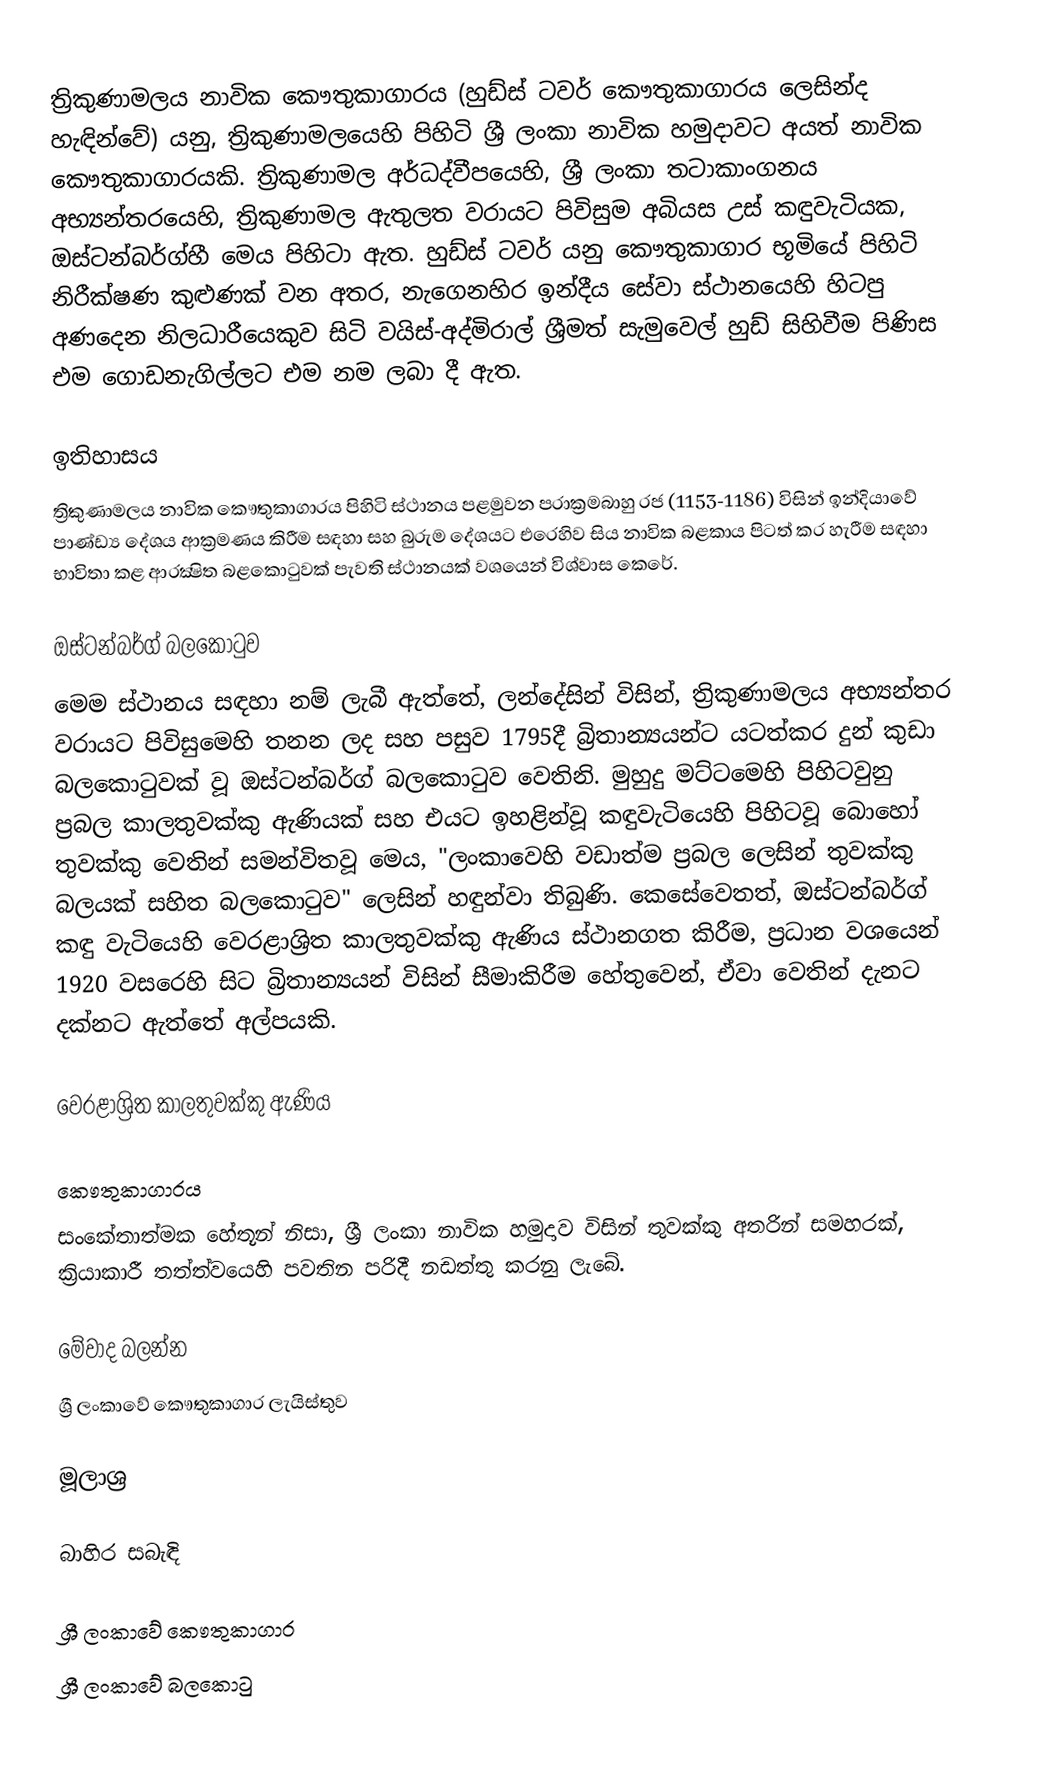
ත්‍රිකුණාමලය නාවික කෞතුකාගාරය (හුඩ්ස් ටවර් කෞතුකාගාරය ලෙසින්ද හැඳින්වේ) යනු,  ත්‍රිකුණාමලයෙහි පිහිටි ශ්‍රී ලංකා නාවික හමුදාවට අයත් නාවික කෞතුකාගාරයකි. ත්‍රිකුණාමල අර්ධද්වීපයෙහි,  ශ්‍රී ලංකා තටාකාංගනය අභ්‍යන්තරයෙහි, ත්‍රිකුණාමල ඇතුලත වරායට පිවිසුම අබියස උස් කඳුවැටියක, ඔස්ටන්බර්ග්හී මෙය පිහිටා ඇත. හුඩ්ස් ටවර් යනු කෞතුකාගාර භූමියේ පිහිටි නිරීක්ෂණ කුළුණක් වන අතර, නැගෙනහිර ඉන්දීය සේවා ස්ථානයෙහි හිටපු අණදෙන නිලධාරීයෙකුව සිටි වයිස්-අද්මිරාල් ශ්‍රීමත් සැමුවෙල් හුඩ් සිහිවීම පිණිස එම ගොඩනැගිල්ලට එම නම ලබා දී ඇත.

ඉතිහාසය
ත්‍රිකුණාමලය නාවික කෞතුකාගාරය පිහිටි ස්ථානය පළමුවන පරාක්‍රමබාහු රජ (1153-1186) විසින් ඉන්දියාවේ පාණ්ඩ්‍ය දේශය ආක්‍රමණය කිරීම සඳහා සහ බුරුම දේශයට එරෙහිව සිය නාවික බළකාය පිටත් කර හැරීම සඳහා භාවිතා කළ ආරක්‍ෂිත බළකොටුවක් පැවති ස්ථානයක් වශයෙන් විශ්වාස කෙරේ.

ඔස්ටන්බර්ග් බලකොටුව
මෙම ස්ථානය සඳහා නම් ලැබී ඇත්තේ,  ලන්දේසින් විසින්, ත්‍රිකුණාමලය අභ්‍යන්තර වරායට පිවිසුමෙහි තනන ලද  සහ පසුව 1795දී බ්‍රිතාන්‍යයන්ට යටත්කර දුන් කුඩා බලකොටුවක් වූ ඔස්ටන්බර්ග් බලකොටුව වෙතිනි. මුහුදු මට්ටමෙහි පිහිටවුනු ප්‍රබල කාලතුවක්කු ඇණියක් සහ එයට ඉහළින්වූ කඳුවැටියෙහි පිහිටවූ බොහෝ තුවක්කු වෙතින් සමන්විතවූ මෙය,  "ලංකාවෙහි වඩාත්ම ප්‍රබල ලෙසින් තුවක්කු බලයක් සහිත බලකොටුව" ලෙසින් හඳුන්වා තිබුණි. කෙසේවෙතත්, ඔස්ටන්බර්ග් කඳු වැටියෙහි වෙරළාශ්‍රිත කාලතුවක්කු ඇණිය ස්ථානගත කිරීම,  ප්‍රධාන වශයෙන් 1920 වසරෙහි සිට බ්‍රිතාන්‍යයන් විසින් සීමාකිරීම  හේතුවෙන්, ඒවා වෙතින් දැනට දක්නට ඇත්තේ අල්පයකි.

වෙරළාශ්‍රිත කාලතුවක්කු ඇණිය

කෞතුකාගාරය
සංකේතාත්මක හේතූන් නිසා, ශ්‍රී ලංකා නාවික හමුදාව විසින් තුවක්කු අතරින්  සමහරක්, ක්‍රියාකාරී තත්ත්වයෙහි පවතින පරිදී නඩත්තු කරනු ලැබේ.

මේවාද බලන්න
ශ්‍රී ලංකාවේ කෞතුකාගාර ලැයිස්තුව

මූලාශ්‍ර

බාහිර සබැඳි

ශ්‍රී ලංකාවේ කෞතුකාගාර
ශ්‍රී ලංකාවේ බලකොටු